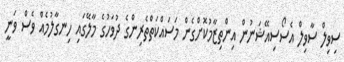
ސިވިލް ސާވިލް އެސޯސިއޭޝަނުން އިންތިޒާމުކޮށްގެން މަސައްކަތްތެރިންގެ ދުވަހުގެ މާލޭގައި ހިނގާލުމެއް ވެސް ވަނީ